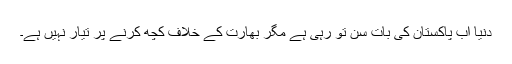
دنیا اب پاکستان کی بات سن تو رہی ہے مگر بھارت کے خلاف کچھ کرنے پر تیار نہیں ہے۔